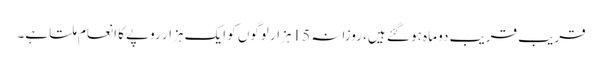
قریب قریب دو ماہ ہو گئے ہیں، روزانہ 15 ہزار لوگوں کو ایک ہزار روپے کا انعام ملتا ہے۔